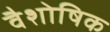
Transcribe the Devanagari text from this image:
वैशोषिक